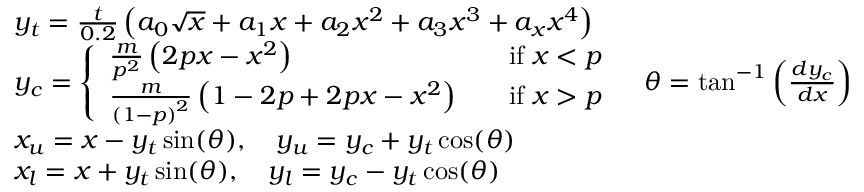
\begin{array} { r l r } & { y _ { t } = \frac { t } { 0 . 2 } \left( a _ { 0 } \sqrt { x } + a _ { 1 } x + a _ { 2 } x ^ { 2 } + a _ { 3 } x ^ { 3 } + a _ { x } x ^ { 4 } \right) } \\ & { y _ { c } = \left\{ \begin{array} { l l } { \frac { m } { p ^ { 2 } } \left( 2 p x - x ^ { 2 } \right) \quad } & { \mathrm { i f } \; x < p } \\ { \frac { m } { \left( 1 - p \right) ^ { 2 } } \left( 1 - 2 p + 2 p x - x ^ { 2 } \right) \quad } & { \mathrm { i f } \; x > p } \end{array} \right. } & { \theta = \tan ^ { - 1 } \left( \frac { d y _ { c } } { d x } \right) } \\ & { x _ { u } = x - y _ { t } \sin ( \theta ) , \quad y _ { u } = y _ { c } + y _ { t } \cos ( \theta ) } \\ & { x _ { l } = x + y _ { t } \sin ( \theta ) , \quad y _ { l } = y _ { c } - y _ { t } \cos ( \theta ) } \end{array}